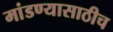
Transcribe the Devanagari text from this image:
मांडण्यासाठीच